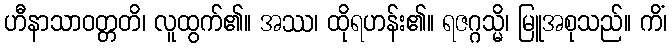
ဟီနာသာဝတ္တတိ၊ လူထွက်၏။ အဿ၊ ထိုရဟန်း၏။ ရဇဂ္ဂသ္မိ၊ မြူအစုသည်။ ကိံ၊